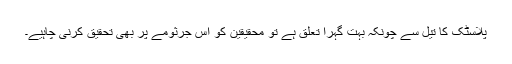
پلاسٹک کا تیل سے چونکہ بہت گہرا تعلق ہے تو محقیقین کو اس جرثومے پر بھی تحقیق کرنی چاہیے۔